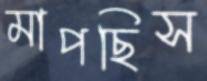
মাপছিস